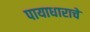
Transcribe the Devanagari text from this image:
पायाधाराचे